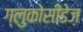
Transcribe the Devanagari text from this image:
ग्लुकोसीडेज़